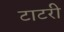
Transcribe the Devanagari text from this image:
टाटरी